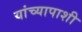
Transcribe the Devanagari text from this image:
यांच्यापाशी